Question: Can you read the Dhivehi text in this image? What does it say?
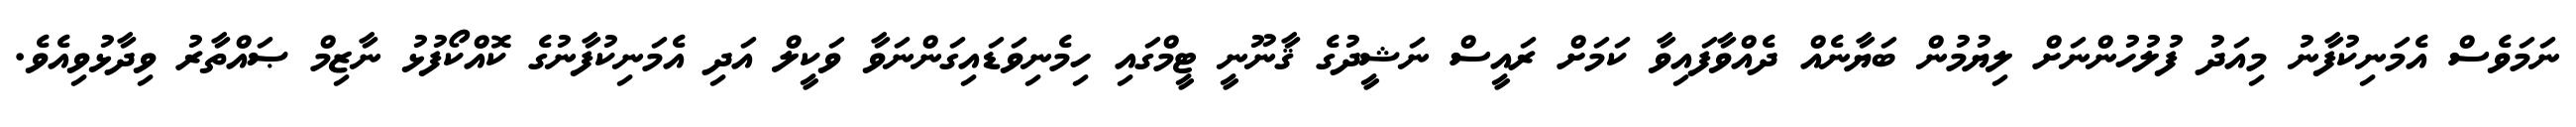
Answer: ނަމަވެސް އެމަނިކުފާނު މިއަދު ފުލުހުންނަށް ލިޔުމުން ބަޔާނެއް ދެއްވާފައިވާ ކަމަށް ރައީސް ނަޝީދުގެ ޤާނޫނީ ޓީމްގައި ހިމެނިވަޑައިގަންނަވާ ވަކީލް އަދި އެމަނިކުފާނުގެ ކޮއްކޯފުޅު ނާޒިމް ޞައްތާރު ވިދާޅުވިއެވެ.